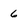
Character: 6